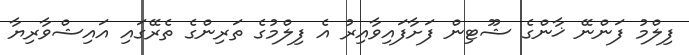
ފިލްމު ފަންނޭ ޚާންގެ ޝޫޓިން ފަށާފައިވާއިރު އެ ފިލްމުގެ ތަރިންގެ ތެރޭގައި އައިޝްވާރިޔާ